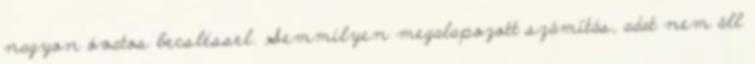
nagyon óvatos becsléssel. Semmilyen megalapozott számítás, adat nem áll